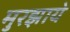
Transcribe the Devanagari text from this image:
मुरझाये